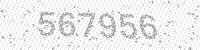
Solution: 567956